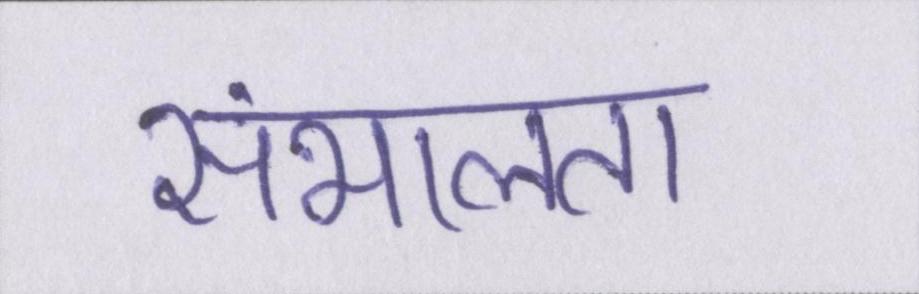
संभालता